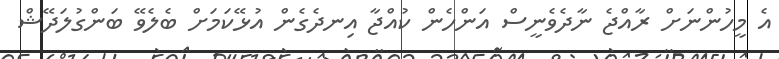
އެ މީހުންނަށް ރާއްޖެ ނާދެވެނީސް އަންހެން ކުއްޖާ އިނދެގެން އުޅޭކަމަށް ބެލެވޭ ބަންގުލަދޭޝް